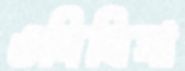
ওসিবিসা